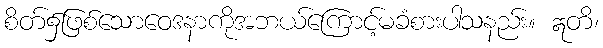
စိတ်၌ဖြစ်သောဝေဒနာကိုအဘယ်ကြောင့်မခံစားပါသနည်း။ ဣတိ၊